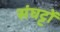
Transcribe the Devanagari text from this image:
संघट्टों